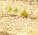
الطير